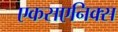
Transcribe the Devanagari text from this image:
एकसएनिक्स